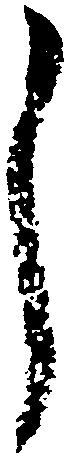
し